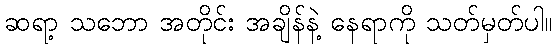
ဆရာ့ သဘော အတိုင်း အချိန်နဲ့ နေရာကို သတ်မှတ်ပါ။